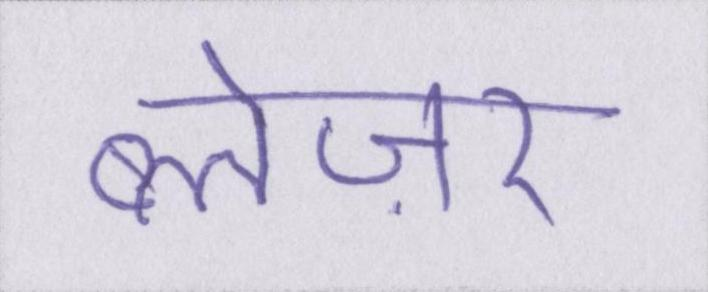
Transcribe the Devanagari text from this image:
ब्लेज़र